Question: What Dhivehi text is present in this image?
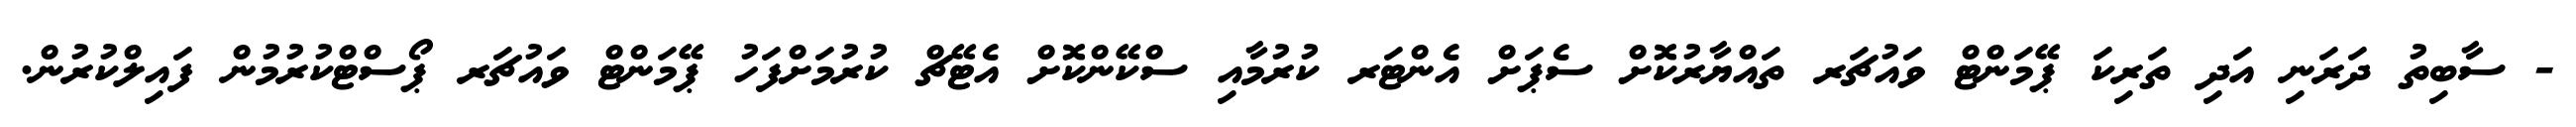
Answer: - ސާބިތު ދަރަނި އަދި ތަރިކަ ޕޭމަންޓް ވައުޗަރ ތައްޔާރުކޮށް ސެޕަށް އެންޓަރ ކުރުމާއި ސްކޭންކޮށް އެޓޭޗް ކުރުމަށްފަހު ޕޭމަންޓް ވައުޗަރ ޕޯސްޓްކުރުމުން ފައިލްކުރުން.